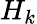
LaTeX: H_{k}